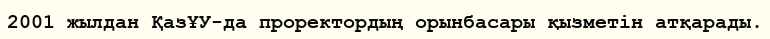
2001 жылдан ҚазҰУ-да проректордың орынбасары қызметін атқарады.